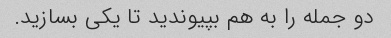
دو جمله را به هم بپیوندید تا یکی بسازید.